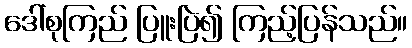
ဒေါ်စုကြည် ပြူးပြဲ၍ ကြည့်ပြန်သည်။